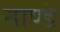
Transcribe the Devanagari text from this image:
ताण्डे